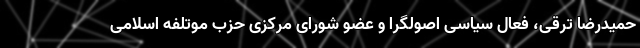
حمیدرضا ترقی، فعال سیاسی اصولگرا و عضو شورای مرکزی حزب موتلفه اسلامی